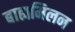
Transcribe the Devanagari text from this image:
बाह्यमिलन